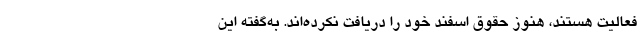
فعالیت هستند، هنوز حقوق اسفند خود را دریافت نکرده‌اند. به‌گفته این